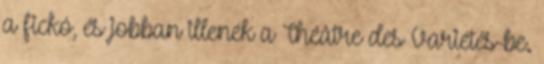
a fickó, és jobban illenék a Théâtre des Variétés-be.